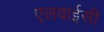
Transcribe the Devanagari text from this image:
एलवाईसी